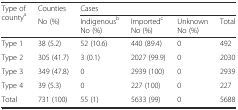
<table><thead><tr><td rowspan="2"><b>Type of county<sup>a</sup></b></td><td><b>Counties</b></td><td colspan="4"><b>Cases</b></td></tr><tr><td><b>No (%)</b></td><td><b>Indigenous<sup>b</sup> No (%)</b></td><td><b>Imported<sup>c</sup> No (%)</b></td><td><b>Unknown No (%)</b></td><td><b>Total</b></td></tr></thead><tbody><tr><td>Type 1</td><td>38 (5.2)</td><td>52 (10.6)</td><td>440 (89.4)</td><td>0</td><td>492</td></tr><tr><td>Type 2</td><td>305 (41.7)</td><td>3 (0.1)</td><td>2027 (99.9)</td><td>0</td><td>2030</td></tr><tr><td>Type 3</td><td>349 (47.8)</td><td>0</td><td>2939 (100)</td><td>0</td><td>2939</td></tr><tr><td>Type 4</td><td>39 (5.3)</td><td>0</td><td>227 (100)</td><td>0</td><td>227</td></tr><tr><td>Total</td><td>731 (100)</td><td>55 (1)</td><td>5633 (99)</td><td>0</td><td>5688</td></tr></tbody></table>